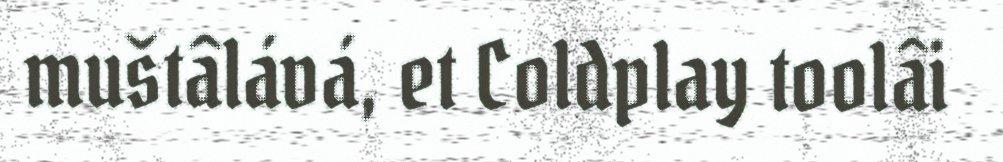
muštâlává, et Coldplay toolâi